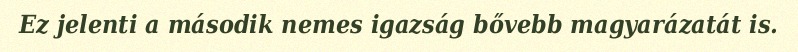
Ez jelenti a második nemes igazság bővebb magyarázatát is.